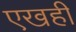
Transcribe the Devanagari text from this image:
एखही